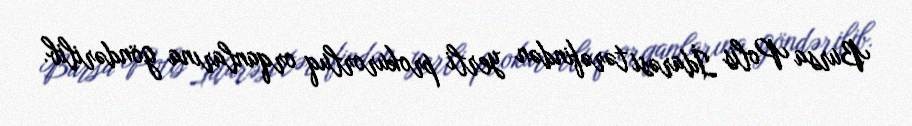
Bursa Polis İdarəsi tərəfindən yerli prokurorluq orqanlarına göndərilib.